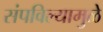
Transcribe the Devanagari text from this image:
संपविल्यामुळे